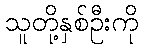
သူတို့နှစ်ဦးကို